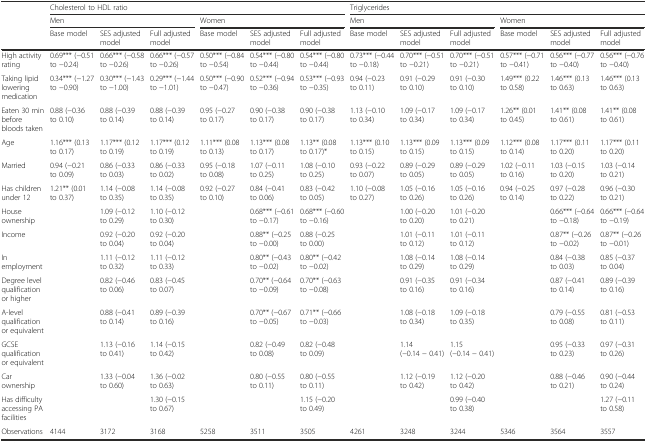
<table><thead><tr><td></td><td colspan="6"><b>Cholesterol to HDL ratio</b></td><td colspan="6"><b>Triglycerides</b></td></tr><tr><td></td><td colspan="3"><b>Men</b></td><td colspan="3"><b>Women</b></td><td colspan="3"><b>Men</b></td><td colspan="3"><b>Women</b></td></tr><tr><td></td><td><b>Base model</b></td><td><b>SES adjusted model</b></td><td><b>Full adjusted model</b></td><td><b>Base model</b></td><td><b>SES adjusted model</b></td><td><b>Full adjusted model</b></td><td><b>Base model</b></td><td><b>SES adjusted model</b></td><td><b>Full adjusted model</b></td><td><b>Base model</b></td><td><b>SES adjusted model</b></td><td><b>Full adjusted model</b></td></tr></thead><tbody><tr><td>High activity rating</td><td>0.69*** (−0.51 to −0.24)</td><td>0.66*** (−0.58 to −0.26)</td><td>0.66*** (−0.57 to −0.26)</td><td>0.50*** (−0.84 to −0.54)</td><td>0.54*** (−0.80 to −0.44)</td><td>0.54*** (−0.80 to −0.44)</td><td>0.73*** (−0.44 to −0.18)</td><td>0.70*** (−0.51 to −0.21)</td><td>0.70*** (−0.51 to −0.21)</td><td>0.57*** (−0.71 to −0.41)</td><td>0.56*** (−0.77 to −0.40)</td><td>0.56*** (−0.76 to −0.40)</td></tr><tr><td>Taking lipid lowering medication</td><td>0.34*** (−1.27 to −0.90)</td><td>0.30*** (−1.43 to −1.00)</td><td>0.29*** (−1.44 to −1.01)</td><td>0.50*** (−0.90 to −0.47)</td><td>0.52*** (−0.94 to −0.36)</td><td>0.53*** (−0.93 to −0.35)</td><td>0.94 (−0.23 to 0.11)</td><td>0.91 (−0.29 to 0.10)</td><td>0.91 (−0.30 to 0.10)</td><td>1.49*** (0.22 to 0.58)</td><td>1.46*** (0.13 to 0.63)</td><td>1.46*** (0.13 to 0.63)</td></tr><tr><td>Eaten 30 min before bloods taken</td><td>0.88 (−0.36 to 0.10)</td><td>0.88 (−0.39 to 0.14)</td><td>0.88 (−0.39 to 0.14)</td><td>0.95 (−0.27 to 0.17)</td><td>0.90 (−0.38 to 0.17)</td><td>0.90 (−0.38 to 0.17)</td><td>1.13 (−0.10 to 0.34)</td><td>1.09 (−0.17 to 0.34)</td><td>1.09 (−0.17 to 0.34)</td><td>1.26** (0.01 to 0.45)</td><td>1.41** (0.08 to 0.61)</td><td>1.41** (0.08 to 0.61)</td></tr><tr><td>Age</td><td>1.16*** (0.13 to 0.17)</td><td>1.17*** (0.12 to 0.19)</td><td>1.17*** (0.12 to 0.19)</td><td>1.11*** (0.08 to 0.13)</td><td>1.13*** (0.08 to 0.17)</td><td>1.13** (0.08 to 0.17)*</td><td>1.13*** (0.10 to 0.15)</td><td>1.13*** (0.09 to 0.15)</td><td>1.13*** (0.09 to 0.15)</td><td>1.12*** (0.08 to 0.14)</td><td>1.17*** (0.11 to 0.20)</td><td>1.17*** (0.11 to 0.20)</td></tr><tr><td>Married</td><td>0.94 (−0.21 to 0.09)</td><td>0.86 (−0.33 to 0.03)</td><td>0.86 (−0.33 to 0.02)</td><td>0.95 (−0.18 to 0.08)</td><td>1.07 (−0.11 to 0.25)</td><td>1.08 (−0.10 to 0.25)</td><td>0.93 (−0.22 to 0.07)</td><td>0.89 (−0.29 to 0.05)</td><td>0.89 (−0.29 to 0.05)</td><td>1.02 (−0.11 to 0.16)</td><td>1.03 (−0.15 to 0.20)</td><td>1.03 (−0.14 to 0.21)</td></tr><tr><td>Has children under 12</td><td>1.21** (0.01 to 0.37)</td><td>1.14 (−0.08 to 0.35)</td><td>1.14 (−0.08 to 0.35)</td><td>0.92 (−0.27 to 0.10)</td><td>0.84 (−0.41 to 0.06)</td><td>0.83 (−0.42 to 0.05)</td><td>1.10 (−0.08 to 0.27)</td><td>1.05 (−0.16 to 0.26)</td><td>1.05 (−0.16 to 0.26)</td><td>0.94 (−0.25 to 0.14)</td><td>0.97 (−0.28 to 0.22)</td><td>0.96 (−0.30 to 0.21)</td></tr><tr><td>House ownership</td><td></td><td>1.09 (−0.12 to 0.29)</td><td>1.10 (−0.12 to 0.30)</td><td></td><td>0.68*** (−0.61 to −0.17)</td><td>0.68*** (−0.60 to −0.16)</td><td></td><td>1.00 (−0.20 to 0.20)</td><td>1.01 (−0.20 to 0.21)</td><td></td><td>0.66*** (−0.64 to −0.18)</td><td>0.66*** (−0.64 to −0.19)</td></tr><tr><td>Income</td><td></td><td>0.92 (−0.20 to 0.04)</td><td>0.92 (−0.20 to 0.04)</td><td></td><td>0.88** (−0.25 to −0.00)</td><td>0.88 (−0.25 to 0.00)</td><td></td><td>1.01 (−0.11 to 0.12)</td><td>1.01 (−0.11 to 0.12)</td><td></td><td>0.87** (−0.26 to −0.02)</td><td>0.87** (−0.26 to −0.01)</td></tr><tr><td>In employment</td><td></td><td>1.11 (−0.12 to 0.32)</td><td>1.11 (−0.12 to 0.33)</td><td></td><td>0.80** (−0.43 to −0.02)</td><td>0.80** (−0.42 to −0.02)</td><td></td><td>1.08 (−0.14 to 0.29)</td><td>1.08 (−0.14 to 0.29)</td><td></td><td>0.84 (−0.38 to 0.03)</td><td>0.85 (−0.37 to 0.04)</td></tr><tr><td>Degree level qualification or higher</td><td></td><td>0.82 (−0.46 to 0.06)</td><td>0.83 (−0.45 to 0.07)</td><td></td><td>0.70** (−0.64 to −0.09)</td><td>0.70** (−0.63 to −0.08)</td><td></td><td>0.91 (−0.35 to 0.16)</td><td>0.91 (−0.34 to 0.16)</td><td></td><td>0.87 (−0.41 to 0.14)</td><td>0.89 (−0.39 to 0.16)</td></tr><tr><td>A-level qualification or equivalent</td><td></td><td>0.88 (−0.41 to 0.14)</td><td>0.89 (−0.39 to 0.16)</td><td></td><td>0.70** (−0.67 to −0.05)</td><td>0.71** (−0.66 to −0.03)</td><td></td><td>1.08 (−0.18 to 0.34)</td><td>1.09 (−0.18 to 0.35)</td><td></td><td>0.79 (−0.55 to 0.08)</td><td>0.81 (−0.53 to 0.11)</td></tr><tr><td>GCSE qualification or equivalent</td><td></td><td>1.13 (−0.16 to 0.41)</td><td>1.14 (−0.15 to 0.42)</td><td></td><td>0.82 (−0.49 to 0.08)</td><td>0.82 (−0.48 to 0.09)</td><td></td><td>1.14 (−0.14 − 0.41)</td><td>1.15 (−0.14 − 0.41)</td><td></td><td>0.95 (−0.33 to 0.23)</td><td>0.97 (−0.31 to 0.26)</td></tr><tr><td>Car ownership</td><td></td><td>1.33 (−0.04 to 0.60)</td><td>1.36 (−0.02 to 0.63)</td><td></td><td>0.80 (−0.55 to 0.11)</td><td>0.80 (−0.55 to 0.11)</td><td></td><td>1.12 (−0.19 to 0.42)</td><td>1.12 (−0.20 to 0.42)</td><td></td><td>0.88 (−0.46 to 0.21)</td><td>0.90 (−0.44 to 0.24)</td></tr><tr><td>Has difficulty accessing PA facilities</td><td></td><td></td><td>1.30 (−0.15 to 0.67)</td><td></td><td></td><td>1.15 (−0.20 to 0.49)</td><td></td><td></td><td>0.99 (−0.40 to 0.38)</td><td></td><td></td><td>1.27 (−0.11 to 0.58)</td></tr><tr><td>Observations</td><td>4144</td><td>3172</td><td>3168</td><td>5258</td><td>3511</td><td>3505</td><td>4261</td><td>3248</td><td>3244</td><td>5346</td><td>3564</td><td>3557</td></tr></tbody></table>